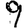
Digit: 9